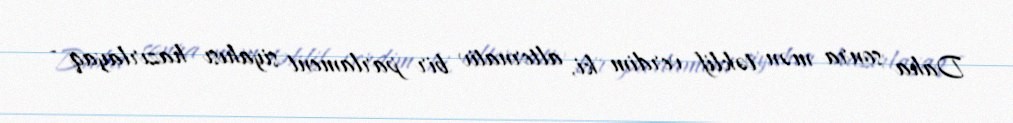
Daha sonra mən təklif verdim ki, alternativ bir parlament siyahısı hazırlayaq -